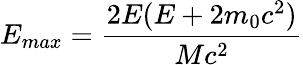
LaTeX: E_{max}=\frac{2E(E+2m_{0}c^{2})}{Mc^{2}}